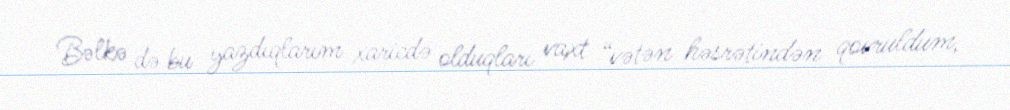
Bəlkə də bu yazdıqlarım xaricdə olduqları vaxt “vətən həsrətindən qovruldum,